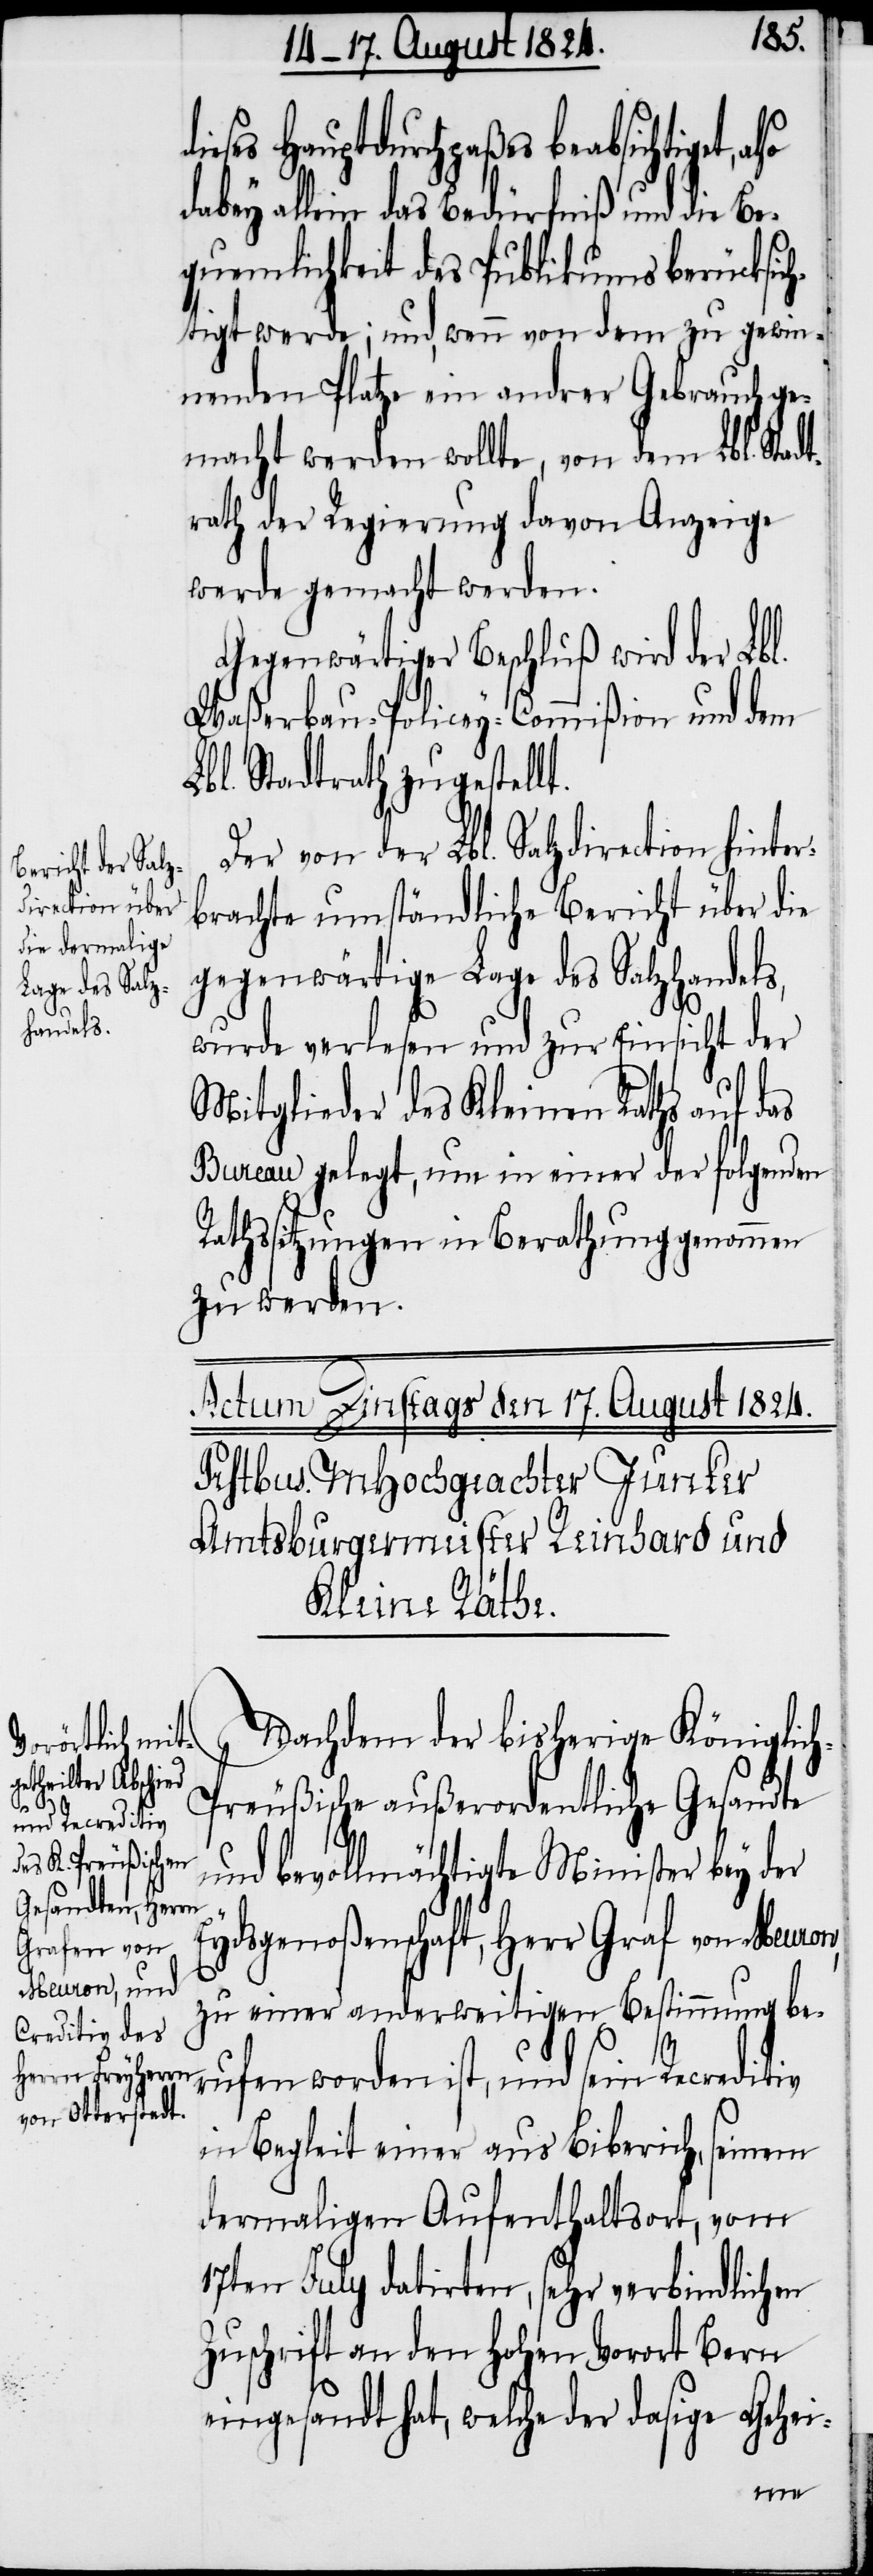
eses Hauptdurchpaßes beabsichtigt,
dabey allein das Bedürfniß und die Be¬
quemlichkeit des Publikums berücksich¬
tigt werde; und, wenn von dem zu gewin¬
nenden Platze ein andrer Gebrauch ge¬
macht werden wollte, von dem Lbl. Stad¬
trath der Regierung davon Anzeige
werde gemacht werden.
Gegenwärtiger Beschluß wird der Lbl.
Waßerbau-Policey-Commißion und dem
bl. Stadtrath zugestellt.
Der von der Lbl. Salzdirection hinter¬
brachte umständliche Bericht über die
gegenwärtige Lage des Salzhandels,
wurde verlesen und zur Einsicht der
Mitglieder des Kleinen Rathes auf das
Bureau gelegt, um in einer der folgenden
Rathssitzungen in Berathung genommen
zu werden.
L¬
Nachdem der bisherige Königlic¬
h-Preußische außerordentliche Gesandte
di¬
und bevollmächtigte Minister bey der
Eydsgenoßenschaft, Herr Graf von Meuron,
zu einer anderweitigen Bestimmung ber¬
ufen worden ist, und sein Recreditiv
in Begleit einer aus Biberich, seinem
dermaligen Aufenthaltsort, vom
17ten July datirten, sehr verbindlichen
Zuschrift an den Hohen Vorort Bern
eingesandt hat, welche der dasige Gehei-